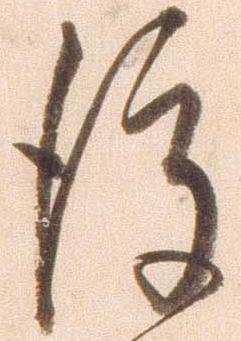
後